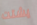
يشتت